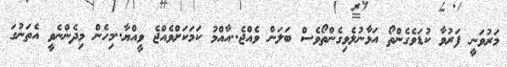
މަރުވަނީ ފަރުވާ ކުޑަވެގެންތޯ އަޅާނުލެވިގެންތޯވެސް ބަލަން ވެއްޖެ..އާއްމު ކަމަކަށްވެއްޖެ ވީއްޔާ..މިހެން މިދެންނެވީ އެތަނުގަ